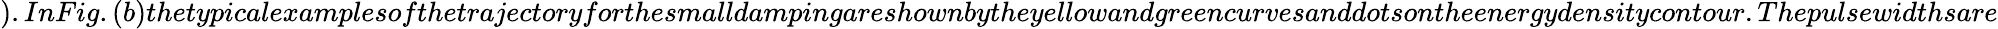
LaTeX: ).InFig.(b)thetypicalexamplesofthetrajectoryforthesmalldampingareshownbytheyellowandgreencurvesanddotsontheenergydensitycontour.Thepulsewidthsare